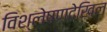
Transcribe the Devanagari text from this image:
विश्लेषणदेखिल